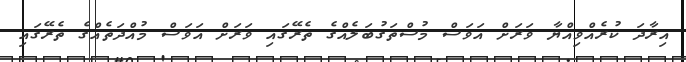
އިރާދަ ކުރެއްވިއްޔާ ވަރަށް އަވަސް މުސްތަގުބަލެއްގެ ތެރޭގައި ވަރަށް އަވަސް މުއްދަތެއްގެ ތެރޭގައި